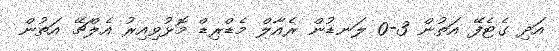
އަދި ގެޓެފޭ އަތުން 3-0 ލަނޑުން ރެއާލް މެޑްރިޑް މޮޅުވިއިރު އެލްޗޭ އަތުން